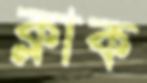
ক্লাক